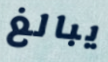
يبالغ